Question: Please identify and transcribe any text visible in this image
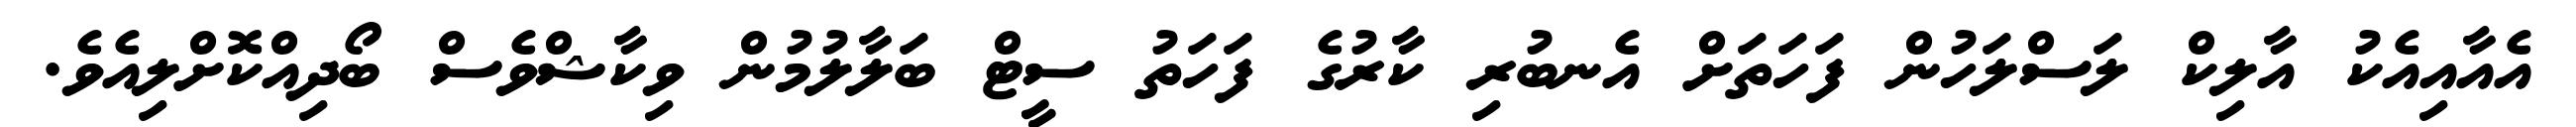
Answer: އެއާއިއެކު އާލިކް ލަސްލަހުން ފަހަތަށް އެނބުރި ކާރުގެ ފަހަތު ސީޓް ބަލާލުމުން ވިކާޝްވެސް ބޯދިއްކޮށްލިއެވެ.